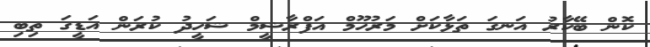
ކޮން ބޭކާރު އަނގަ ތަޅާކަށް މަރުހޫމް އަފްރާޝީމް ޝަހީދު ކުރަން އަޑީގަ ތިބި